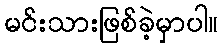
မင်းသားဖြစ်ခဲ့မှာပါ။